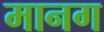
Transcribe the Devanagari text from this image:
मानग